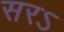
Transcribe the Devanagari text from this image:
सरऽ